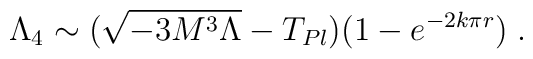
\Lambda_4 \sim (\sqrt{-3M^3\Lambda}-T_{Pl}) (1-e^{-2k\pi r}) \; .